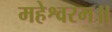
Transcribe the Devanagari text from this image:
महेश्वरम॥